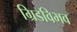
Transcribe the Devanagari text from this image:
ग्रिडविभव